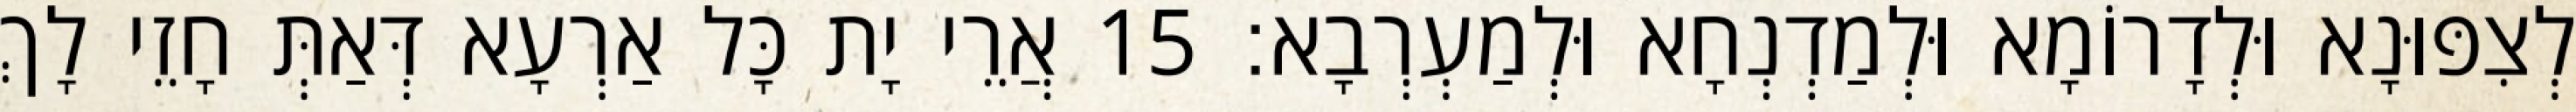
לְצִפּוּנָא וּלְדָרוֹמָא וּלְמַדְנְחָא וּלְמַעְרְבָא׃ 15 אֲרֵי יָת כָּל אַרְעָא דְּאַתְּ חָזֵי לָךְ